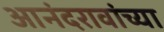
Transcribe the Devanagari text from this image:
आनंदरावांच्या